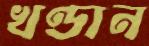
খণ্ডান